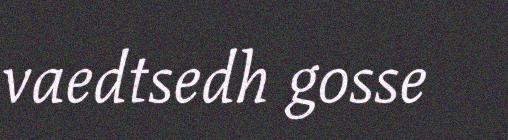
vaedtsedh gosse